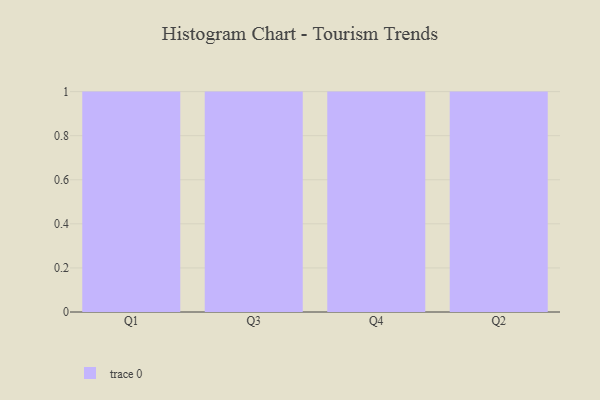
{"axis": {"x": "Quarter", "y": "Active Users"}, "legend": [""], "data": [{"x": "Q1", "y": 57, "type": ""}, {"x": "Q3", "y": 46, "type": ""}, {"x": "Q4", "y": 45, "type": ""}, {"x": "Q2", "y": 48, "type": ""}]}